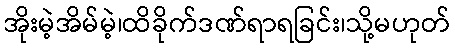
အိုးမဲ့အိမ်မဲ့၊ထိခိုက်ဒဏ်ရာရခြင်း၊သို့မဟုတ်